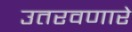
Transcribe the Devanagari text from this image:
उतरवणारे